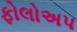
ફોલોઅપ